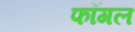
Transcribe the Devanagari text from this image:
फॉगल